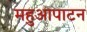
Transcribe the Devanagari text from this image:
महुआपाटन